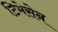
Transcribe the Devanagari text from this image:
टिमेसेन